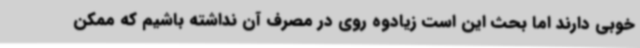
خوبی دارند اما بحث این است زیادوه روی در مصرف آن نداشته باشیم که ممکن